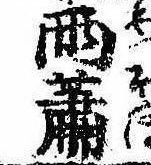
雨蕭